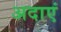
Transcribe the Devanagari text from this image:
अदाएं